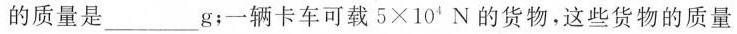
的质量是___g；一辆卡车可载5×10'N的货物，这些货物的质量